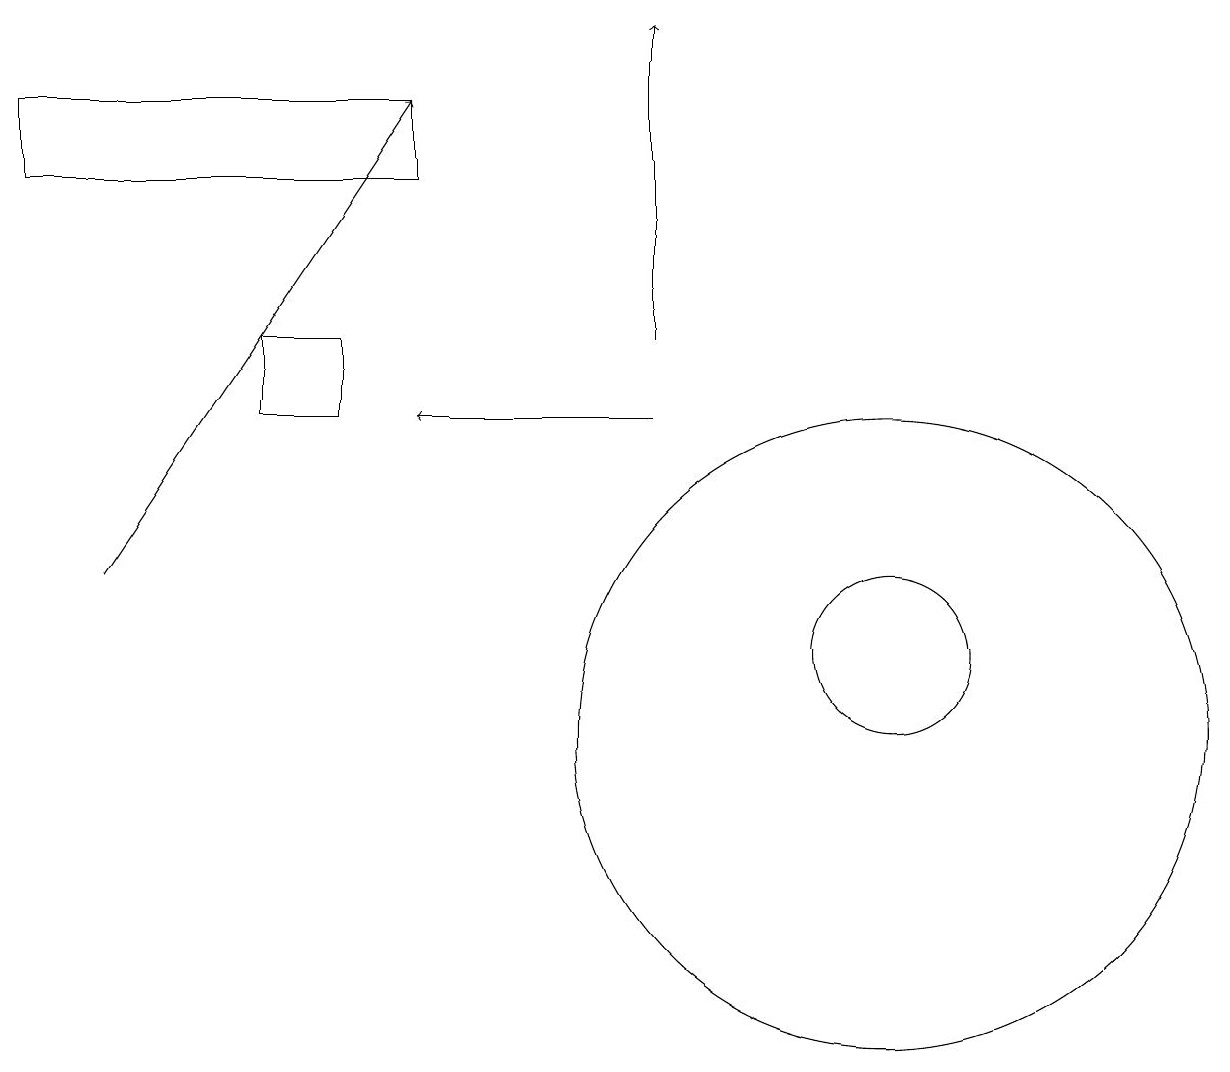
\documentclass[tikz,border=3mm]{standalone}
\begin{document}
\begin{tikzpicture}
\draw (4,15) rectangle (3,14);
\draw[->] (8,15) -- (8,19);
\draw[->] (8,14) -- (5,14);
\draw (11,11) circle (1);
\draw (11,10) circle (4);
\draw[->] (1,12) -- (5,18);
\draw (5,17) rectangle (0,18);
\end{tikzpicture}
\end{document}